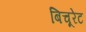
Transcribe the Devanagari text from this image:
बिचूरेट